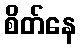
စိတ်နေ